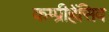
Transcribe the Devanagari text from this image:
कम्प्रीहेंसिव